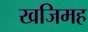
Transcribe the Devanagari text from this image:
खजिमह